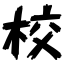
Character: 校